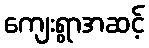
ကျေးရွာအဆင့်